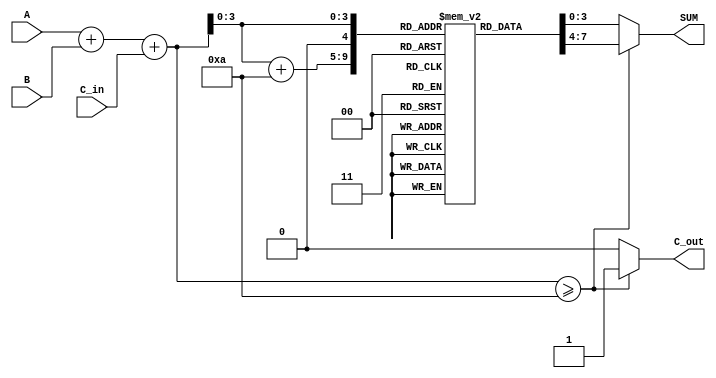
module BCD_LUT_Adder (
    input [3:0] A,      // 4-bit BCD input A
    input [3:0] B,      // 4-bit BCD input B
    input C_in,         // Carry-in
    output reg [3:0] SUM, // 4-bit BCD output
    output reg C_out     // Carry-out
);

    // Temporary sum (5 bits to accommodate carry)
    wire [4:0] TEMP_SUM;
    assign TEMP_SUM = A + B + C_in;

    // LUT for BCD correction
    reg [3:0] LUT [0:19]; // LUT for values 0 to 19
    initial begin
        // Initialize LUT with BCD values
        LUT[0]  = 4'b0000; // 0
        LUT[1]  = 4'b0001; // 1
        LUT[2]  = 4'b0010; // 2
        LUT[3]  = 4'b0011; // 3
        LUT[4]  = 4'b0100; // 4
        LUT[5]  = 4'b0101; // 5
        LUT[6]  = 4'b0110; // 6
        LUT[7]  = 4'b0111; // 7
        LUT[8]  = 4'b1000; // 8
        LUT[9]  = 4'b1001; // 9
        LUT[10] = 4'b0000; // 10 (BCD 0 with carry)
        LUT[11] = 4'b0001; // 11 (BCD 1 with carry)
        LUT[12] = 4'b0010; // 12 (BCD 2 with carry)
        LUT[13] = 4'b0011; // 13 (BCD 3 with carry)
        LUT[14] = 4'b0100; // 14 (BCD 4 with carry)
        LUT[15] = 4'b0101; // 15 (BCD 5 with carry)
        LUT[16] = 4'b0110; // 16 (BCD 6 with carry)
        LUT[17] = 4'b0111; // 17 (BCD 7 with carry)
        LUT[18] = 4'b1000; // 18 (BCD 8 with carry)
        LUT[19] = 4'b1001; // 19 (BCD 9 with carry)
    end

    always @(*) begin
        // Determine the BCD output and carry-out
        if (TEMP_SUM >= 10) begin
            SUM = LUT[TEMP_SUM[3:0] + 10]; // Use LUT for correction
            C_out = 1; // Set carry-out
        end else begin
            SUM = LUT[TEMP_SUM[3:0]]; // Use LUT for valid BCD output
            C_out = 0; // No carry-out
        end
    end

endmodule